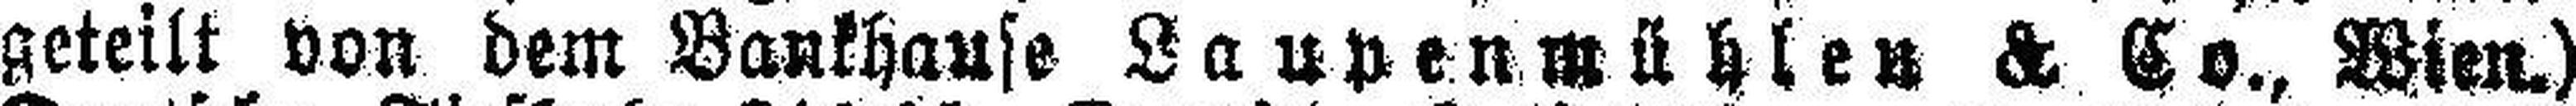
geteilt von dem Bankhause Laupenmühlen & Co., Wien.)